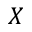
X